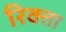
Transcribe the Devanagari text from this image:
रिक्ता